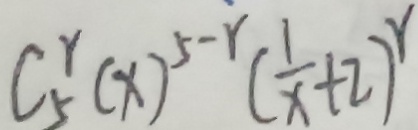
C _ { 5 } ^ { r } ( x ) ^ { 5 - r } ( \frac { 1 } { x } + 2 ) ^ { r }